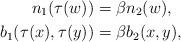
LaTeX: \begin{align*}n_1(\tau(w)) &= \beta n_2(w),\\b_1(\tau(x),\tau(y)) &= \beta b_2(x,y),\end{align*}